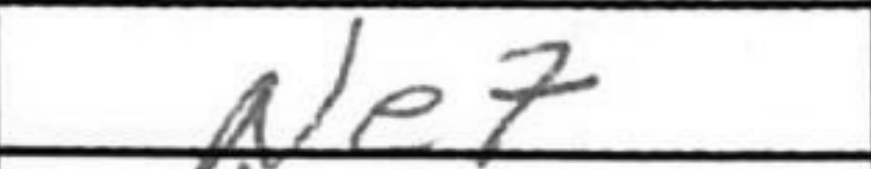
Transcription: Ne7